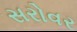
સરોવર